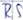
Text: RS